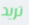
تريد